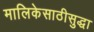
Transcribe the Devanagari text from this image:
मालिकेसाठीसुद्धा